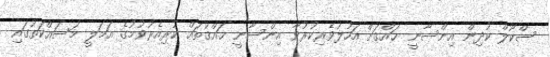
ސްކޫލް ކުދިން އިންސާނީ ޙައްޤަށް އަހުލުވެރިކުރުވާ އިންސާނީ ޙައްޤުތައް ކުރިއެރުވުމުގެ އަމަލީ މަސައްކަތުގައި